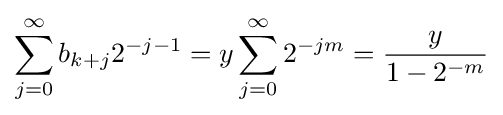
\sum _{j=0}^{\infty }b_{k+j}2^{-j-1}=y\sum _{j=0}^{\infty }2^{-jm}={\frac {y}{1-2^{-m}}}